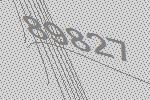
89827